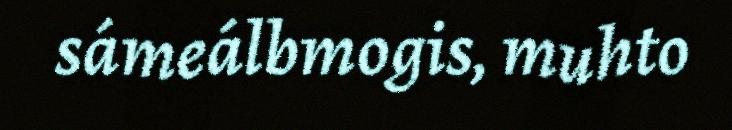
sámeálbmogis, muhto